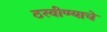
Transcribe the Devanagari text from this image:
ठरवीण्याचे